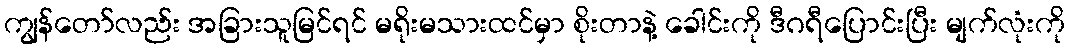
ကျွန်တော်လည်း အခြားသူမြင်ရင် မရိုးမသားထင်မှာ စိုးတာနဲ့ ခေါင်းကို ဒီဂရီပြောင်းပြီး မျက်လုံးကို